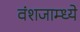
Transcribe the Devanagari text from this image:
वंशजाम्ध्ये